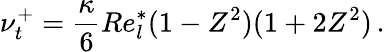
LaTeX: \nu_{t}^{+}=\frac{\kappa}{6}Re_{l}^{*}(1-Z^{2})(1+2Z^{2})\, .